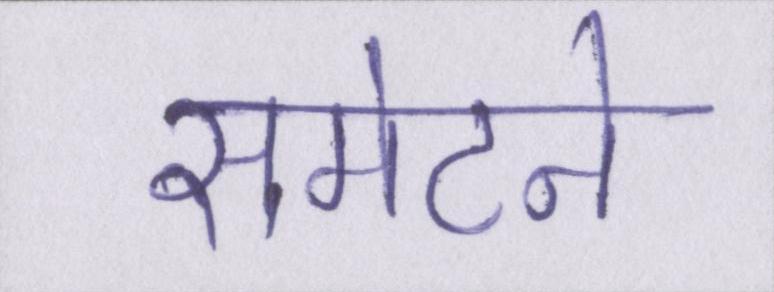
समेटने